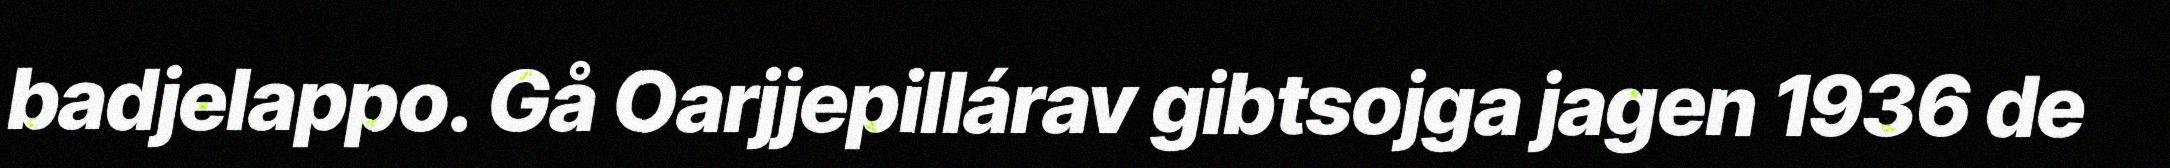
badjelappo. Gå Oarjjepillárav gibtsojga jagen 1936 de